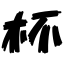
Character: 杯